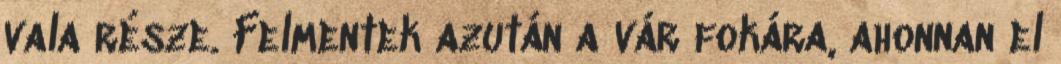
vala része. Felmentek azután a vár fokára, ahonnan el